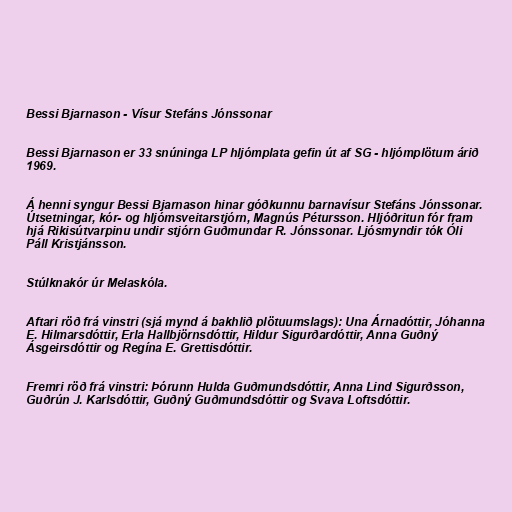
Bessi Bjarnason - Vísur Stefáns Jónssonar

Bessi Bjarnason er 33 snúninga LP hljómplata gefin út af SG - hljómplötum árið
1969.

Á henni syngur Bessi Bjarnason hinar góðkunnu barnavísur Stefáns Jónssonar.
Útsetningar, kór- og hljómsveitarstjórn, Magnús Pétursson. Hljóðritun fór fram
hjá Rikisútvarpinu undir stjórn Guðmundar R. Jónssonar. Ljósmyndir tók Óli
Páll Kristjánsson.

Stúlknakór úr Melaskóla.

Aftari röð frá vinstri (sjá mynd á bakhlið plötuumslags): Una Árnadóttir, Jóhanna
E. Hilmarsdóttir, Erla Hallbjörnsdóttir, Hildur Sigurðardóttir, Anna Guðný
Ásgeirsdóttir og Regína E. Grettisdóttir.

Fremri röð frá vinstri: Þórunn Hulda Guðmundsdóttir, Anna Lind Sigurðsson,
Guðrún J. Karlsdóttir, Guðný Guðmundsdóttir og Svava Loftsdóttir.